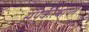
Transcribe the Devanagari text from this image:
संपर्कस्थापन